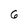
Character: 6